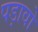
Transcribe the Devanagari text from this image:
पड़ावो